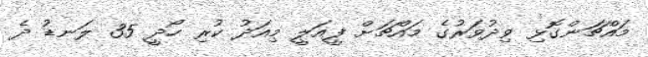
މައްޗަންގޮޅި ވިދުވަރުގެ މައްޗަށް ފީއަލީ މިއަދު ކުރި ހޯދީ 35 ލަނޑު ދެ